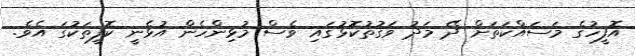
އޮފީހުގެ މަސައްކަތަށް ދޭ މަދު ވަގުތުކޮޅުގައި ވެސް މުޅިންހެން އުޅެނީ ކޮފީތަކުގަ އެވެ.